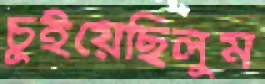
চুইয়েছিলুম